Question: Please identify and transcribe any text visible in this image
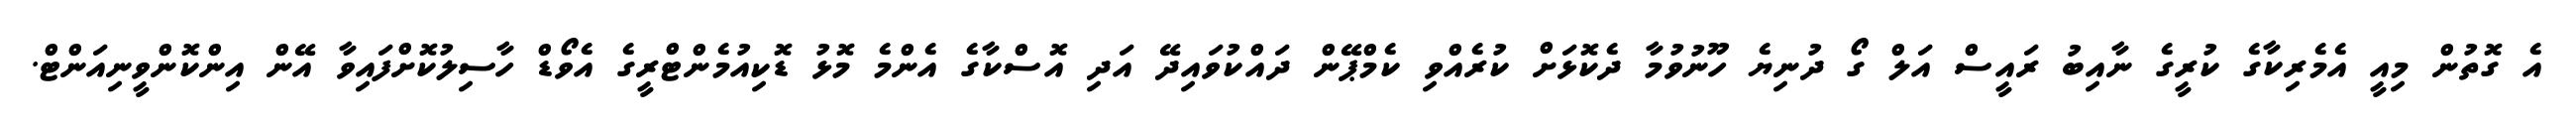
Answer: އެ ގޮތުން މިއީ އެމެރިކާގެ ކުރީގެ ނާއިބު ރައީސް އަލް ގޯ ދުނިޔެ ހޫނުވުމާ ދެކޮޅަށް ކުރެއްވި ކެމްޕޭން ދައްކުވައިދޭ އަދި އޮސްކާގެ އެންމެ މޮޅު ޑޮކިއުމެންޓްރީގެ އެވޯޑް ހާސިލުކޮށްފައިވާ އޭން އިންކޮންވީނިއަންޓް.